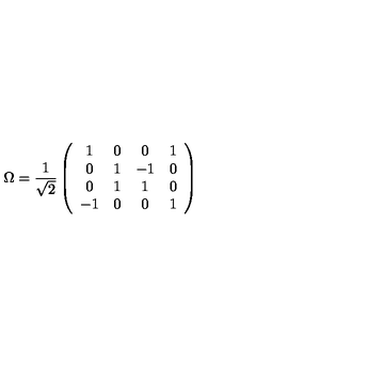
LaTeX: \Omega = \frac { 1 } { \sqrt { 2 } } \left( \begin{array} { c c c c } { 1 } & { 0 } & { 0 } & { 1 } \\ { 0 } & { 1 } & { - 1 } & { 0 } \\ { 0 } & { 1 } & { 1 } & { 0 } \\ { - 1 } & { 0 } & { 0 } & { 1 } \\ \end{array} \right)